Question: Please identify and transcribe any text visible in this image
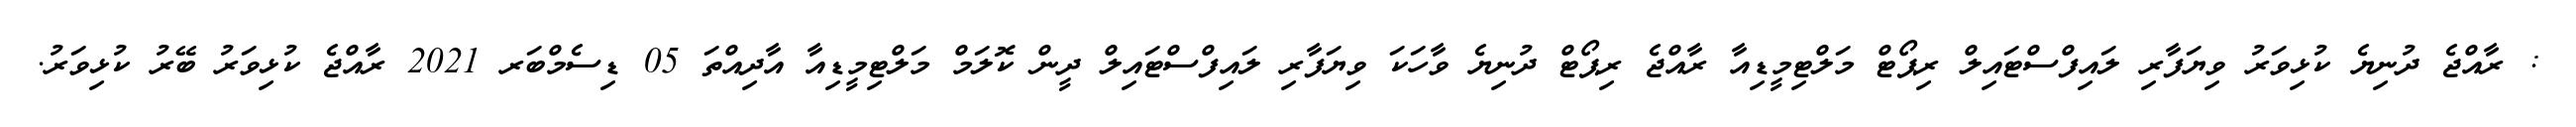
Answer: : ރާއްޖެ ދުނިޔެ ކުޅިވަރު ވިޔަފާރި ލައިފްސްޓައިލް ރިޕޯޓް މަލްޓިމީޑިއާ ރާއްޖެ ރިޕޯޓް ދުނިޔެ ވާހަކަ ވިޔަފާރި ލައިފްސްޓައިލް ދީން ކޮލަމް މަލްޓިމީޑިއާ އާދިއްތަ 05 ޑިސެމްބަރ 2021 ރާއްޖެ ކުޅިވަރު ބޭރު ކުޅިވަރު.